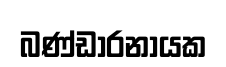
බණ්ඩාරනායක